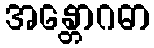
အန္တောဂဓာ